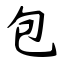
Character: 包